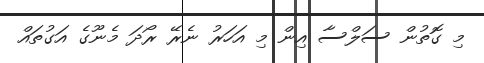
މި ގޮތުން ސަލްސާ އިން މި އަހަރު ނެރޭ ރޯދަ މެނޫގެ އަގުތައް